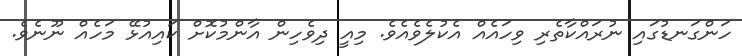
ހަންގަނޑުގައި ނުރައްކާތެރި ވިހައެއް އެކުލެވެއެވެ. މިއީ ދިވެހިން އާންމުކޮށް ކައިއުޅޭ މަހެއް ނޫނެވެ.